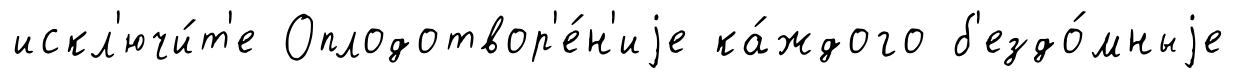
искл'ючи́т'е Оплодотвор'е́н'иjе ка́ждого б'ездо́мныjе